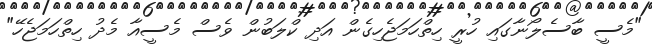
"މެސީ ބާސެލޯނާގައި ހުރީ ހިތްހަމަޖެހިގެން އަދި ކްލަބުން ވެސް މެސީއާ މެދު ހިތްހަމަޖެހޭ"